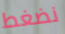
نضغط